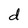
Character: d